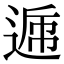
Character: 𨔄